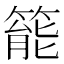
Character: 𥰘